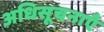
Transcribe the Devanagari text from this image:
अधिसूचनाएँ